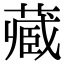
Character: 𫟖